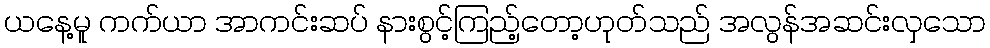
ယနေ့မူ ကက်ယာ အာကင်းဆပ် နားစွင့်ကြည့်တော့ဟုတ်သည် အလွန်အဆင်းလှသော